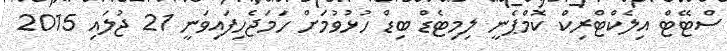
ސްޓޭޓް އިލެކްޓްރިކް ކޮމްޕެނީ ލިމިޓެޑް ބިޑް ހުޅުވުމަށް ހަމަޖެހިފައިވަނީ 21 ޖުލައި 2015